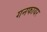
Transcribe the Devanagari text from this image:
गनफायर